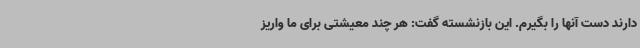
دارند دست آنها را بگیرم. این بازنشسته گفت: هر چند معیشتی برای ما واریز